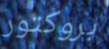
بروكتور